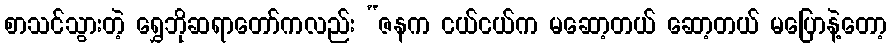
စာသင်သွားတဲ့ ရွှေဘိုဆရာတော်ကလည်း “ဇနက ငယ်ငယ်က မဆော့တယ် ဆော့တယ် မပြောနဲ့တော့